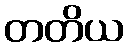
တတိယ